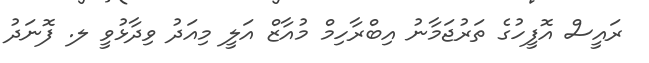
ރައީސް އޮފީހުގެ ތަރުޖަމާނު އިބްރާހިމް މުއާޒް އަލީ މިއަދު ވިދާޅުވީ ލ. ފޮނަދު